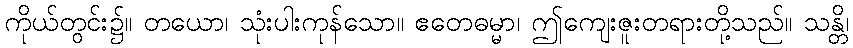
ကိုယ်တွင်း၌။ တယော၊ သုံးပါးကုန်သော။ ဧတေဓမ္မာ၊ ဤကျေးဇူးတရားတို့သည်။ သန္တိ၊